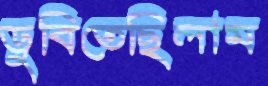
ডুবিতেছিলাম